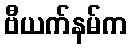
ဗီယက်နမ်က